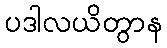
ပဒါလယိတွာန